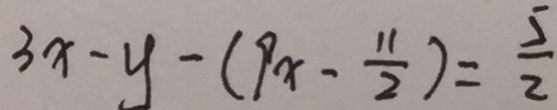
3 x - y - ( 9 x - \frac { 1 1 } { 2 } ) = \frac { 5 } { 2 }